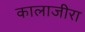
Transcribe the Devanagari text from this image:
कालाजीरा